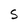
Character: S